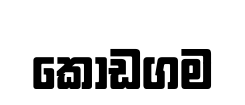
කොඩගම